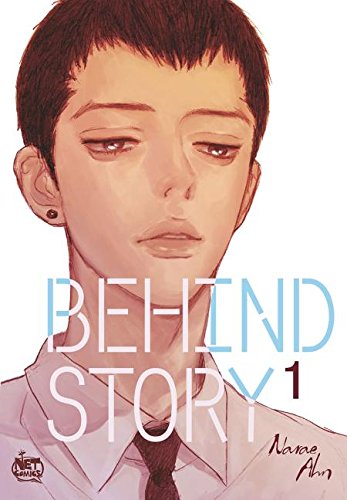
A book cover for Behind Story Volume 1 (Behind Story Gn); Narae Ahn; Comics & Graphic Novels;